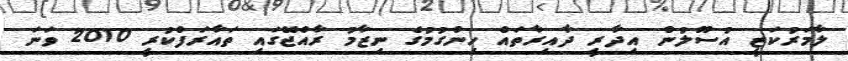
ލާމަރުކަޒީ އުސޫލުން އިދާރީ ދާއިރާތައް ހިންގުމުގެ ނިޒާމު ރާއްޖޭގައި ތައާރަފްކުރީ 2010 ވަނަ